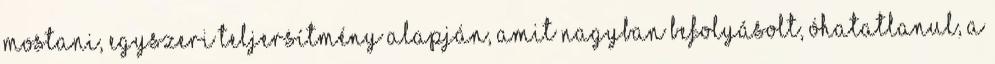
mostani, egyszeri teljersítmény alapján, amit nagyban befolyásolt, óhatatlanul, a